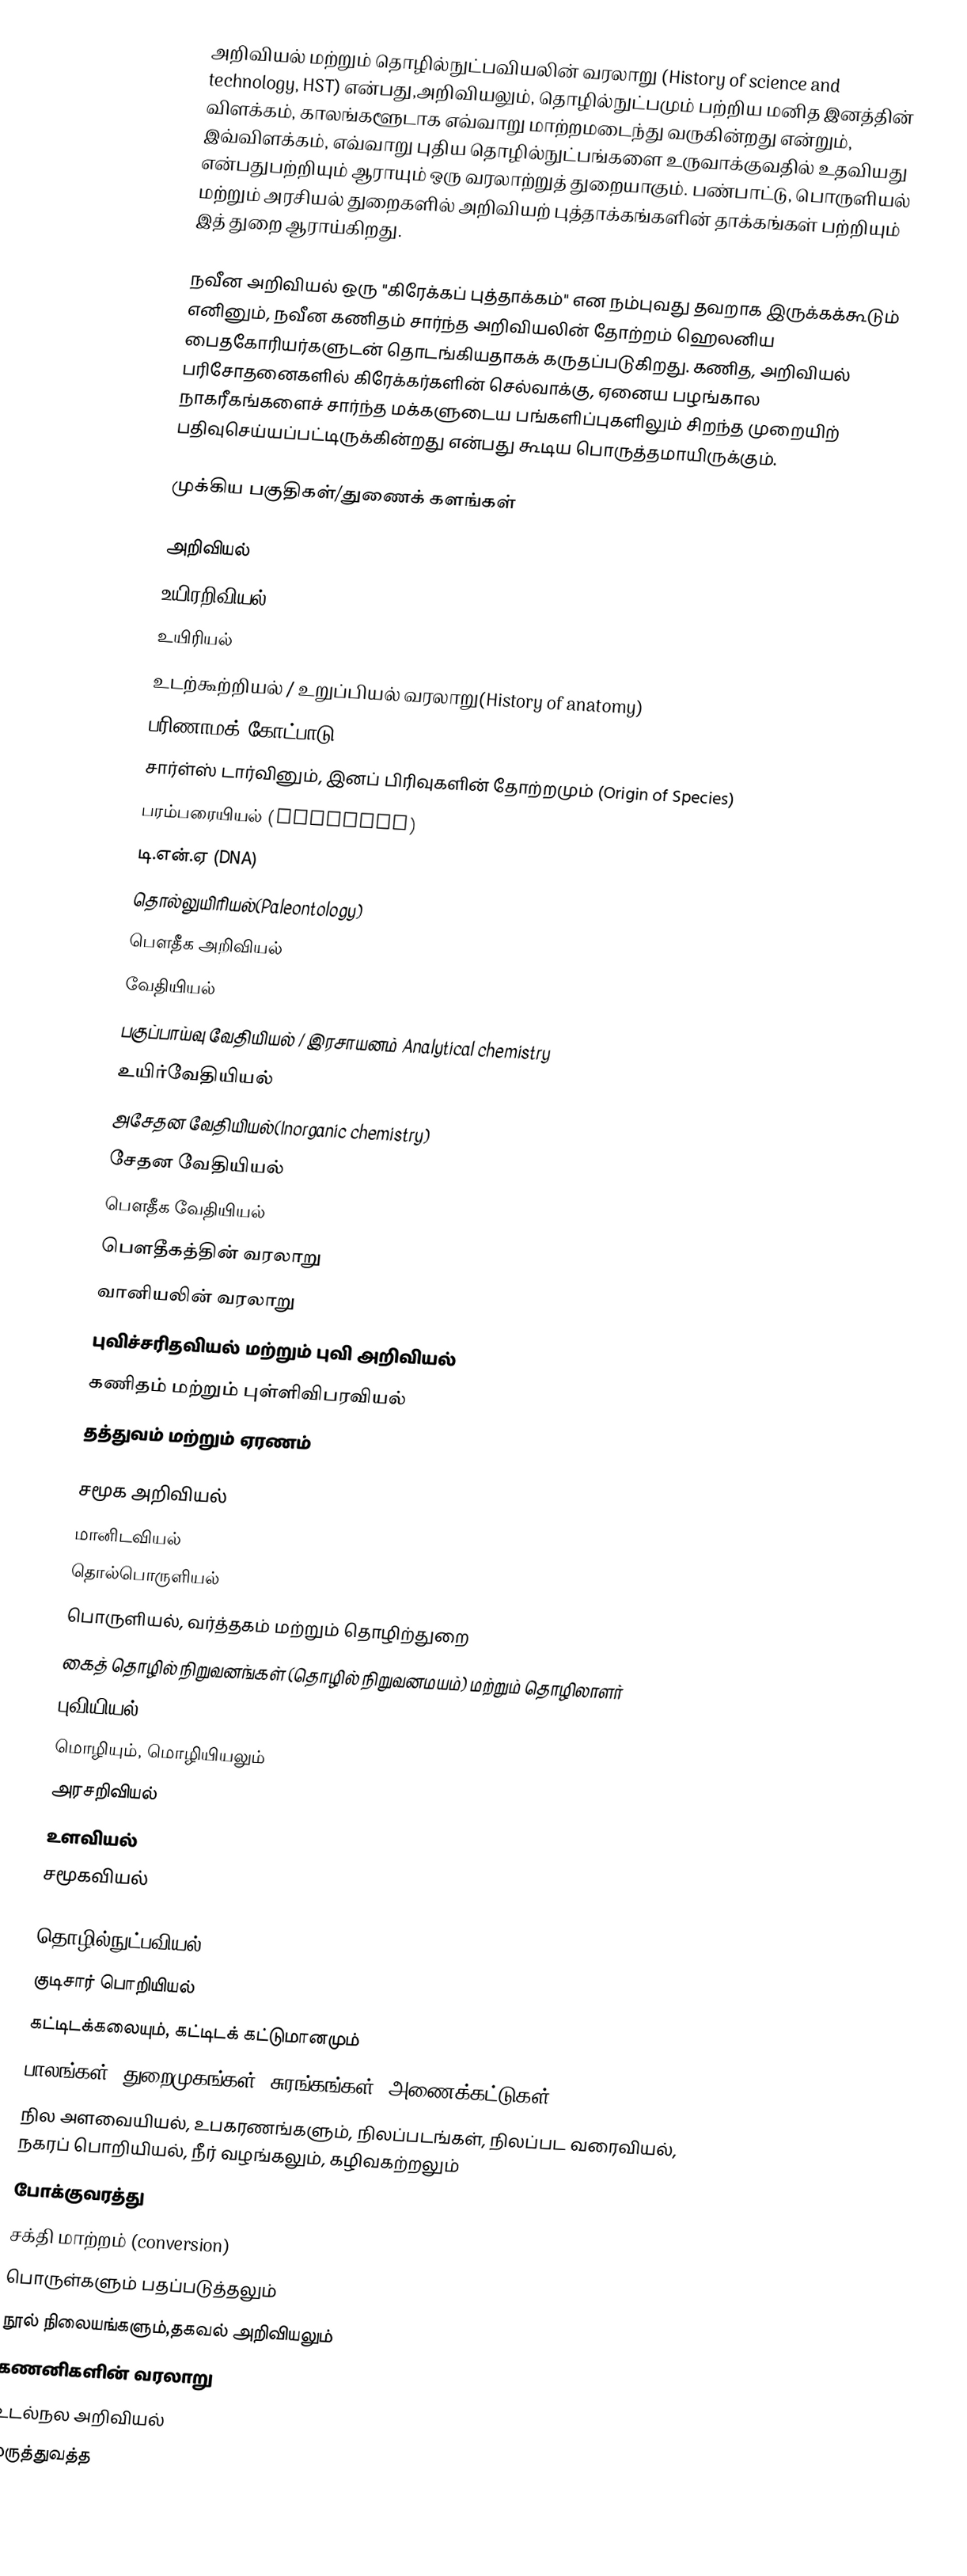
அறிவியல் மற்றும் தொழில்நுட்பவியலின் வரலாறு (History of science and technology, HST) என்பது,அறிவியலும், தொழில்நுட்பமும் பற்றிய மனித இனத்தின் விளக்கம், காலங்களூடாக எவ்வாறு மாற்றமடைந்து வருகின்றது என்றும், இவ்விளக்கம், எவ்வாறு புதிய தொழில்நுட்பங்களை உருவாக்குவதில் உதவியது என்பதுபற்றியும் ஆராயும் ஒரு வரலாற்றுத் துறையாகும். பண்பாட்டு, பொருளியல் மற்றும் அரசியல் துறைகளில் அறிவியற் புத்தாக்கங்களின் தாக்கங்கள் பற்றியும் இத் துறை ஆராய்கிறது.

நவீன அறிவியல் ஒரு "கிரேக்கப் புத்தாக்கம்" என நம்புவது தவறாக இருக்கக்கூடும் எனினும்,  நவீன கணிதம் சார்ந்த அறிவியலின் தோற்றம் ஹெலனிய பைதகோரியர்களுடன் தொடங்கியதாகக் கருதப்படுகிறது. கணித, அறிவியல் பரிசோதனைகளில் கிரேக்கர்களின் செல்வாக்கு, ஏனைய பழங்கால நாகரீகங்களைச் சார்ந்த மக்களுடைய பங்களிப்புகளிலும் சிறந்த முறையிற் பதிவுசெய்யப்பட்டிருக்கின்றது என்பது கூடிய பொருத்தமாயிருக்கும்.

முக்கிய பகுதிகள்/துணைக் களங்கள்

அறிவியல்
 உயிரறிவியல்
 உயிரியல்
 உடற்கூற்றியல் / உறுப்பியல் வரலாறு(History of anatomy)
 பரிணாமக் கோட்பாடு
 சார்ள்ஸ் டார்வினும், இனப் பிரிவுகளின் தோற்றமும் (Origin of Species)
 பரம்பரையியல் (Genetics)
 டி.என்.ஏ (DNA)
 தொல்லுயிரியல்(Paleontology)
 பௌதீக அறிவியல்
 வேதியியல்
 பகுப்பாய்வு வேதியியல் / இரசாயனம் Analytical chemistry
 உயிர்வேதியியல்
 அசேதன வேதியியல்(Inorganic chemistry)
 சேதன வேதியியல்
 பௌதீக வேதியியல்
 பௌதீகத்தின் வரலாறு
 வானியலின் வரலாறு
 புவிச்சரிதவியல் மற்றும் புவி அறிவியல்
 கணிதம் மற்றும் புள்ளிவிபரவியல்
 தத்துவம் மற்றும் ஏரணம்

சமூக அறிவியல்
 மானிடவியல்
 தொல்பொருளியல்
 பொருளியல், வர்த்தகம் மற்றும் தொழிற்துறை
 கைத் தொழில் நிறுவனங்கள் (தொழில் நிறுவனமயம்) மற்றும் தொழிலாளர்
 புவியியல்
 மொழியும், மொழியியலும்
 அரசறிவியல்
 உளவியல்
 சமூகவியல்

தொழில்நுட்பவியல்
 குடிசார் பொறியியல்
 கட்டிடக்கலையும், கட்டிடக் கட்டுமானமும்
 பாலங்கள், துறைமுகங்கள், சுரங்கங்கள், அணைக்கட்டுகள்
 நில அளவையியல், உபகரணங்களும், நிலப்படங்கள், நிலப்பட வரைவியல், நகரப் பொறியியல், நீர் வழங்கலும், கழிவகற்றலும்
 போக்குவரத்து
 சக்தி மாற்றம் (conversion)
 பொருள்களும் பதப்படுத்தலும்
 நூல் நிலையங்களும்,தகவல் அறிவியலும்
 கணனிகளின் வரலாறு
 உடல்நல அறிவியல்
 மருத்துவத்த